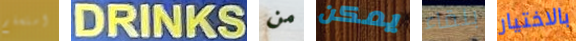
استسلم DRINKS من يمكن بلقاء بالاختيار